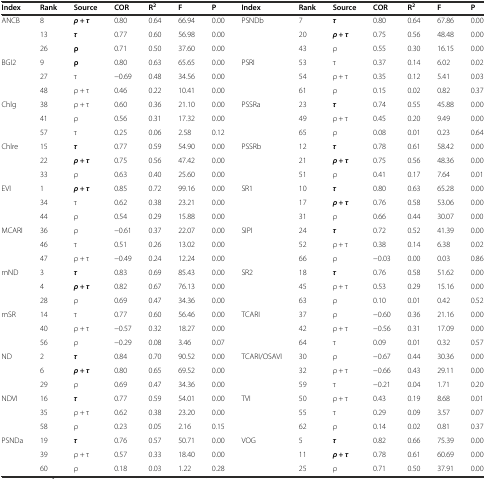
<table><thead><tr><td><b>Index</b></td><td><b>Rank</b></td><td><b>Source</b></td><td><b>COR</b></td><td><b>R<sup>2</sup></b></td><td><b>F</b></td><td><b>P</b></td><td><b>Index</b></td><td><b>Rank</b></td><td><b>Source</b></td><td><b>COR</b></td><td><b>R<sup>2</sup></b></td><td><b>F</b></td><td><b>P</b></td></tr></thead><tbody><tr><td rowspan="3">ANCB</td><td>8</td><td><b><i>ρ +</i></b> <b><i>τ</i></b></td><td>0.80</td><td>0.64</td><td>66.94</td><td>0.00</td><td rowspan="3">PSNDb</td><td>7</td><td><b><i>τ</i></b></td><td>0.80</td><td>0.64</td><td>67.86</td><td>0.00</td></tr><tr><td>13</td><td><b><i>τ</i></b></td><td>0.77</td><td>0.60</td><td>56.98</td><td>0.00</td><td>20</td><td><b><i>ρ + τ</i></b></td><td>0.75</td><td>0.56</td><td>48.48</td><td>0.00</td></tr><tr><td>26</td><td><b>ρ</b></td><td>0.71</td><td>0.50</td><td>37.60</td><td>0.00</td><td>43</td><td>ρ</td><td>0.55</td><td>0.30</td><td>16.15</td><td>0.00</td></tr><tr><td rowspan="3">BGI2</td><td>9</td><td><b>ρ</b></td><td>0.80</td><td>0.63</td><td>65.65</td><td>0.00</td><td rowspan="3">PSRI</td><td>53</td><td>τ</td><td>0.37</td><td>0.14</td><td>6.02</td><td>0.02</td></tr><tr><td>27</td><td>τ</td><td>−0.69</td><td>0.48</td><td>34.56</td><td>0.00</td><td>54</td><td>ρ + τ</td><td>0.35</td><td>0.12</td><td>5.41</td><td>0.03</td></tr><tr><td>48</td><td>ρ + τ</td><td>0.46</td><td>0.22</td><td>10.41</td><td>0.00</td><td>61</td><td>ρ</td><td>0.15</td><td>0.02</td><td>0.82</td><td>0.37</td></tr><tr><td rowspan="3">Chlg</td><td>38</td><td>ρ + τ</td><td>0.60</td><td>0.36</td><td>21.10</td><td>0.00</td><td rowspan="3">PSSRa</td><td>23</td><td><b><i>τ</i></b></td><td>0.74</td><td>0.55</td><td>45.88</td><td>0.00</td></tr><tr><td>41</td><td>ρ</td><td>0.56</td><td>0.31</td><td>17.32</td><td>0.00</td><td>49</td><td>ρ + τ</td><td>0.45</td><td>0.20</td><td>9.49</td><td>0.00</td></tr><tr><td>57</td><td>τ</td><td>0.25</td><td>0.06</td><td>2.58</td><td>0.12</td><td>65</td><td>ρ</td><td>0.08</td><td>0.01</td><td>0.23</td><td>0.64</td></tr><tr><td rowspan="3">Chlre</td><td>15</td><td><b><i>τ</i></b></td><td>0.77</td><td>0.59</td><td>54.90</td><td>0.00</td><td rowspan="3">PSSRb</td><td>12</td><td><b><i>τ</i></b></td><td>0.78</td><td>0.61</td><td>58.42</td><td>0.00</td></tr><tr><td>22</td><td><b><i>ρ + τ</i></b></td><td>0.75</td><td>0.56</td><td>47.42</td><td>0.00</td><td>21</td><td><b><i>ρ + τ</i></b></td><td>0.75</td><td>0.56</td><td>48.36</td><td>0.00</td></tr><tr><td>33</td><td>ρ</td><td>0.63</td><td>0.40</td><td>25.60</td><td>0.00</td><td>51</td><td>ρ</td><td>0.41</td><td>0.17</td><td>7.64</td><td>0.01</td></tr><tr><td rowspan="3">EVI</td><td>1</td><td><b><i>ρ + τ</i></b></td><td>0.85</td><td>0.72</td><td>99.16</td><td>0.00</td><td rowspan="3">SR1</td><td>10</td><td><b><i>τ</i></b></td><td>0.80</td><td>0.63</td><td>65.28</td><td>0.00</td></tr><tr><td>34</td><td>τ</td><td>0.62</td><td>0.38</td><td>23.21</td><td>0.00</td><td>17</td><td><b><i>ρ + τ</i></b></td><td>0.76</td><td>0.58</td><td>53.06</td><td>0.00</td></tr><tr><td>44</td><td>ρ</td><td>0.54</td><td>0.29</td><td>15.88</td><td>0.00</td><td>31</td><td>ρ</td><td>0.66</td><td>0.44</td><td>30.07</td><td>0.00</td></tr><tr><td rowspan="3">MCARI</td><td>36</td><td>ρ</td><td>−0.61</td><td>0.37</td><td>22.07</td><td>0.00</td><td rowspan="3">SIPI</td><td>24</td><td><b><i>τ</i></b></td><td>0.72</td><td>0.52</td><td>41.39</td><td>0.00</td></tr><tr><td>46</td><td>τ</td><td>0.51</td><td>0.26</td><td>13.02</td><td>0.00</td><td>52</td><td>ρ + τ</td><td>0.38</td><td>0.14</td><td>6.38</td><td>0.02</td></tr><tr><td>47</td><td>ρ + τ</td><td>−0.49</td><td>0.24</td><td>12.24</td><td>0.00</td><td>66</td><td>ρ</td><td>−0.03</td><td>0.00</td><td>0.03</td><td>0.86</td></tr><tr><td rowspan="3">mND</td><td>3</td><td><b><i>τ</i></b></td><td>0.83</td><td>0.69</td><td>85.43</td><td>0.00</td><td rowspan="3">SR2</td><td>18</td><td><b><i>τ</i></b></td><td>0.76</td><td>0.58</td><td>51.62</td><td>0.00</td></tr><tr><td>4</td><td><b><i>ρ + τ</i></b></td><td>0.82</td><td>0.67</td><td>76.13</td><td>0.00</td><td>45</td><td>ρ + τ</td><td>0.53</td><td>0.29</td><td>15.16</td><td>0.00</td></tr><tr><td>28</td><td>ρ</td><td>0.69</td><td>0.47</td><td>34.36</td><td>0.00</td><td>63</td><td>ρ</td><td>0.10</td><td>0.01</td><td>0.42</td><td>0.52</td></tr><tr><td rowspan="3">mSR</td><td>14</td><td>τ</td><td>0.77</td><td>0.60</td><td>56.46</td><td>0.00</td><td rowspan="3">TCARI</td><td>37</td><td>ρ</td><td>−0.60</td><td>0.36</td><td>21.16</td><td>0.00</td></tr><tr><td>40</td><td>ρ + τ</td><td>−0.57</td><td>0.32</td><td>18.27</td><td>0.00</td><td>42</td><td>ρ + τ</td><td>−0.56</td><td>0.31</td><td>17.09</td><td>0.00</td></tr><tr><td>56</td><td>ρ</td><td>−0.29</td><td>0.08</td><td>3.46</td><td>0.07</td><td>64</td><td>τ</td><td>0.09</td><td>0.01</td><td>0.32</td><td>0.57</td></tr><tr><td rowspan="3">ND</td><td>2</td><td><b><i>τ</i></b></td><td>0.84</td><td>0.70</td><td>90.52</td><td>0.00</td><td rowspan="3">TCARI/OSAVI</td><td>30</td><td>ρ</td><td>−0.67</td><td>0.44</td><td>30.36</td><td>0.00</td></tr><tr><td>6</td><td><b><i>ρ + τ</i></b></td><td>0.80</td><td>0.65</td><td>69.52</td><td>0.00</td><td>32</td><td>ρ + τ</td><td>−0.66</td><td>0.43</td><td>29.11</td><td>0.00</td></tr><tr><td>29</td><td>ρ</td><td>0.69</td><td>0.47</td><td>34.36</td><td>0.00</td><td>59</td><td>τ</td><td>−0.21</td><td>0.04</td><td>1.71</td><td>0.20</td></tr><tr><td rowspan="3">NDVI</td><td>16</td><td><b><i>τ</i></b></td><td>0.77</td><td>0.59</td><td>54.01</td><td>0.00</td><td rowspan="3">TVI</td><td>50</td><td>ρ + τ</td><td>0.43</td><td>0.19</td><td>8.68</td><td>0.01</td></tr><tr><td>35</td><td>ρ + τ</td><td>0.62</td><td>0.38</td><td>23.20</td><td>0.00</td><td>55</td><td>τ</td><td>0.29</td><td>0.09</td><td>3.57</td><td>0.07</td></tr><tr><td>58</td><td>ρ</td><td>0.23</td><td>0.05</td><td>2.16</td><td>0.15</td><td>62</td><td>ρ</td><td>0.14</td><td>0.02</td><td>0.81</td><td>0.37</td></tr><tr><td rowspan="3">PSNDa</td><td>19</td><td><b><i>τ</i></b></td><td>0.76</td><td>0.57</td><td>50.71</td><td>0.00</td><td rowspan="3">VOG</td><td>5</td><td><b><i>τ</i></b></td><td>0.82</td><td>0.66</td><td>75.39</td><td>0.00</td></tr><tr><td>39</td><td>ρ + τ</td><td>0.57</td><td>0.33</td><td>18.40</td><td>0.00</td><td>11</td><td><b><i>ρ + τ</i></b></td><td>0.78</td><td>0.61</td><td>60.69</td><td>0.00</td></tr><tr><td>60</td><td>ρ</td><td>0.18</td><td>0.03</td><td>1.22</td><td>0.28</td><td>25</td><td>ρ</td><td>0.71</td><td>0.50</td><td>37.91</td><td>0.00</td></tr></tbody></table>